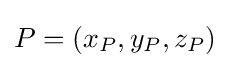
P=(x_{P},y_{P},z_{P})